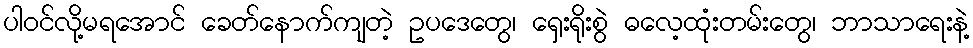
ပါဝင်လို့မရအောင် ခေတ်နောက်ကျတဲ့ ဥပဒေတွေ၊ ရှေးရိုးစွဲ ဓလေ့ထုံးတမ်းတွေ၊ ဘာသာရေးနဲ့